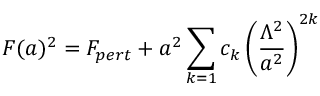
F ( a ) ^ { 2 } = F _ { p e r t } + a ^ { 2 } \sum _ { k = 1 } c _ { k } \left( \frac { \Lambda ^ { 2 } } { a ^ { 2 } } \right) ^ { 2 k }